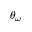
\theta _ { \omega }